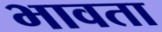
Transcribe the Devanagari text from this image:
भावता